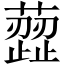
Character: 䔼